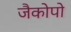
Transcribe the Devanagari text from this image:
जैकोपो